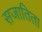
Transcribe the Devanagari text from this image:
सजातिता